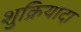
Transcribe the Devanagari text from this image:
शुक्रियादा